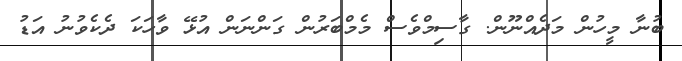
ބުނާ މީހުން މަދެއްނޫން. ގާސިމްވެސް މެމްބަރުން ގަންނަން އުޅޭ ވާހަކަ ދެކެވުނު އަޑު